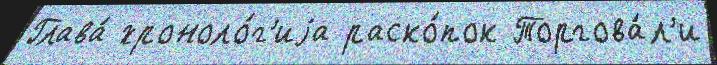
Глава́ хроноло́г'иjа раско́пок Торгова́л'и